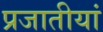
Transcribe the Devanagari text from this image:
प्रजातीयां